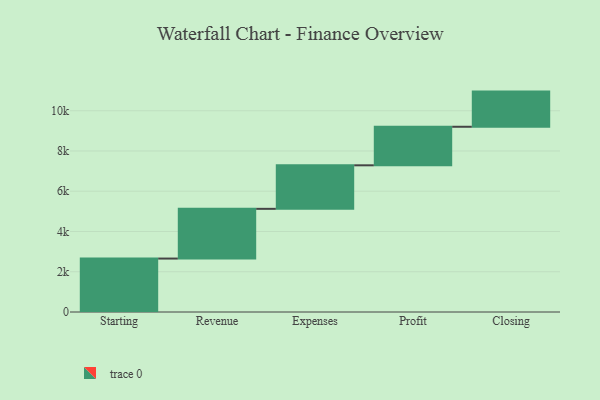
{"axis": {"x": "Step", "y": "Value"}, "legend": [""], "data": [{"x": "Starting", "y": 2655.0, "type": ""}, {"x": "Revenue", "y": 2470.0, "type": ""}, {"x": "Expenses", "y": 2163.0, "type": ""}, {"x": "Profit", "y": 1915.0, "type": ""}, {"x": "Closing", "y": 1747.0, "type": ""}]}